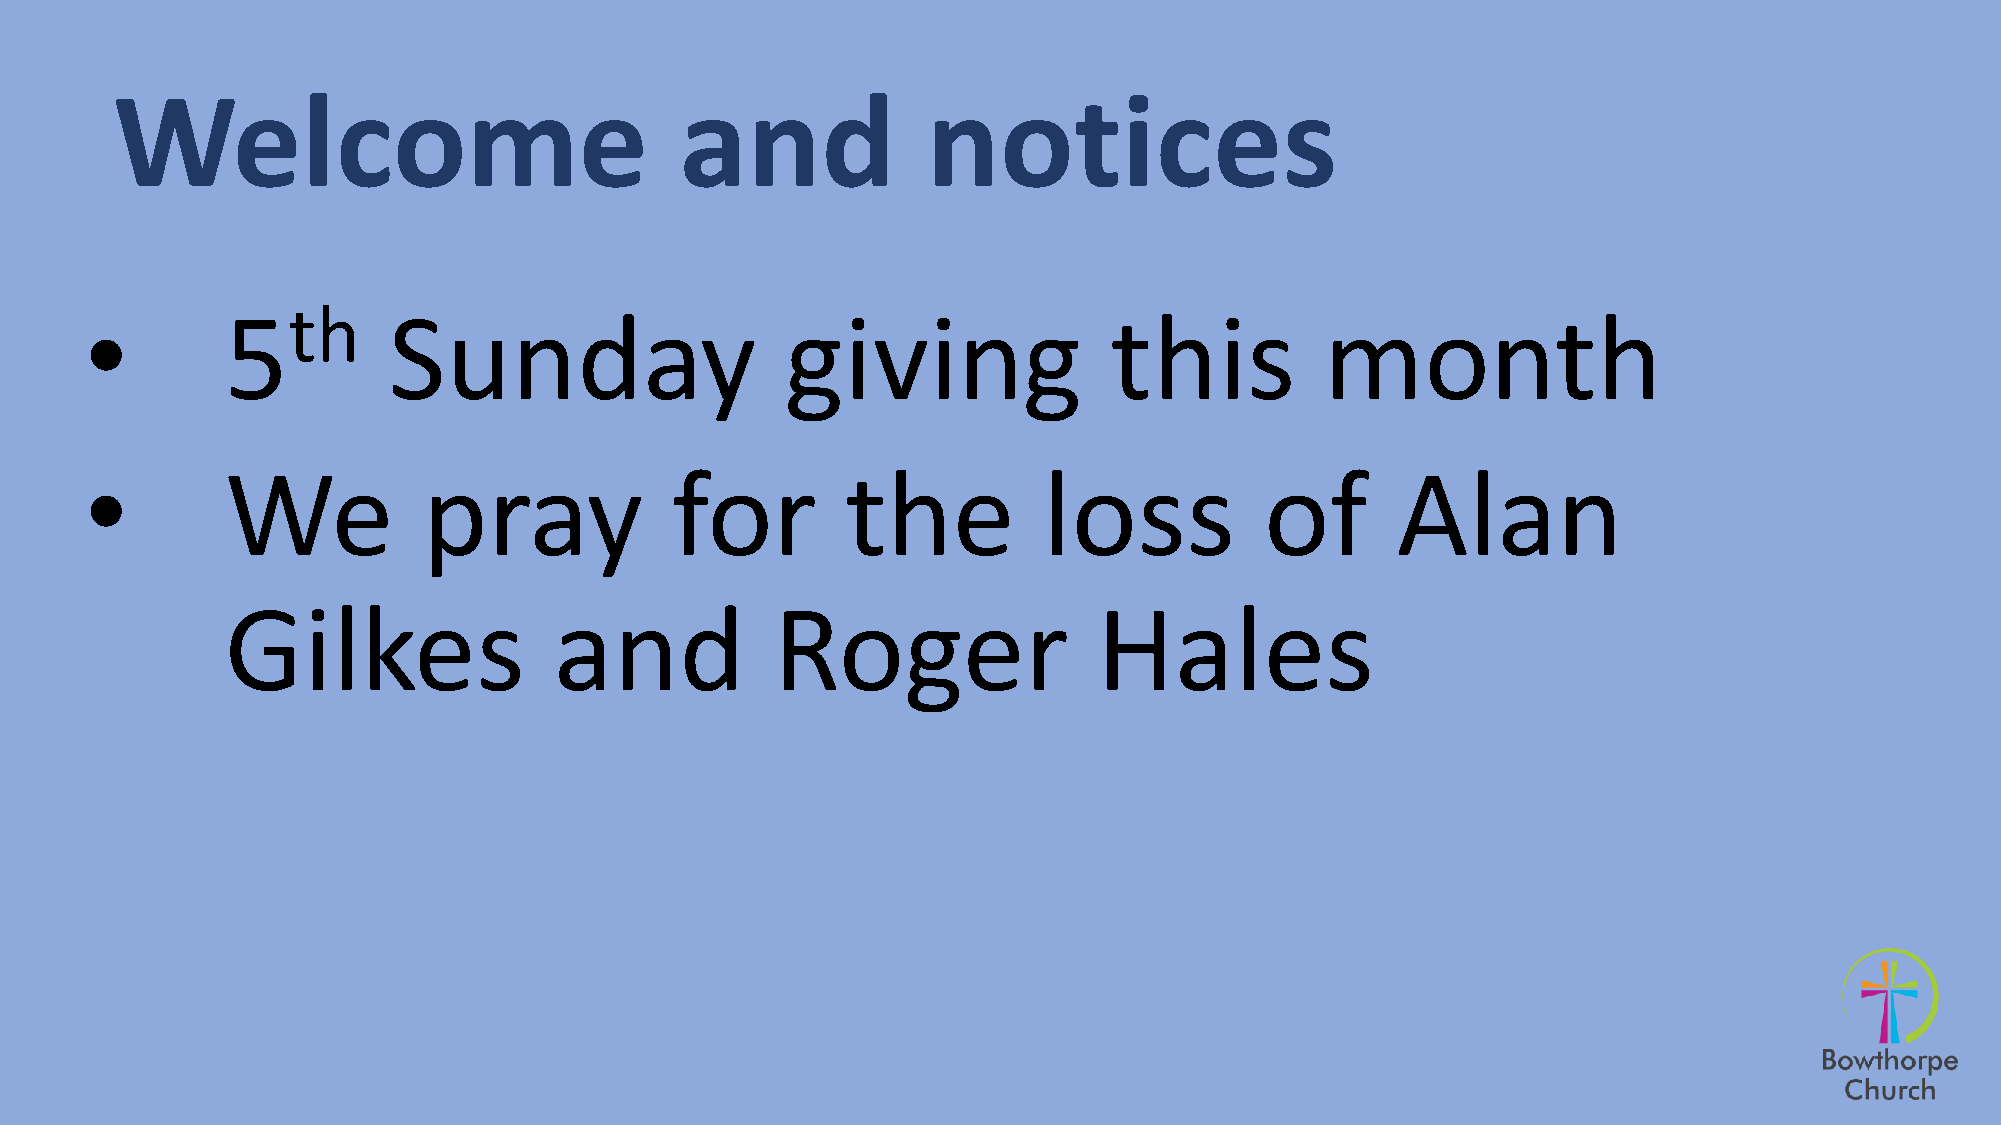
Welcome                               and             notices
 •        5th        Sunday                    giving               this           month
 •        We           pray            for         the          loss           of      Alan
 Gilkes                and           Roger                 Hales